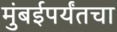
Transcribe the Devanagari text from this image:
मुंबईपर्यंतचा